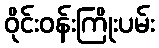
ဝိုင်းဝန်းကြိုးပမ်း